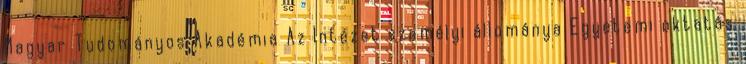
Magyar Tudományos Akadémia Az Intézet személyi állománya Egyetemi oktatás